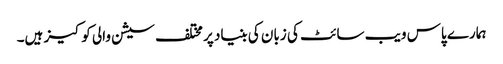
ہمارے پاس ویب سائٹ کی زبان کی بنیاد پر مختلف سیشن والی کوکیز ہیں۔